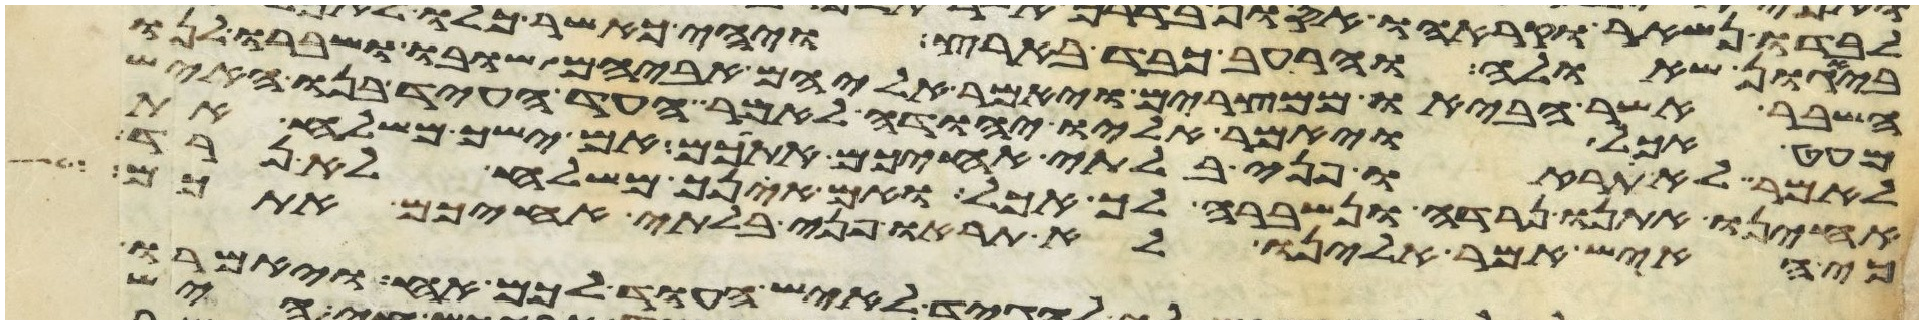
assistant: השבר אשר הביאו ממצרים ויאמר אליהם אביהם שובו ושברו לנו
מעט אכל ויאמר אליו יהודה לאמר העד העד בנו האיש
לאמר לא תראו פני בלתי אחיכם אתכם אם ישך משלח את
אחינו אתנו נרדה ונשברה לך אכל ואם אינך משלח לא נרד
כי האיש אמר אלינו לא תראו פני בלתי אחיכם אתכם